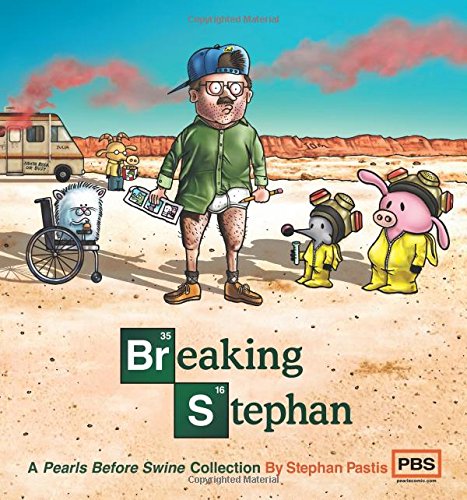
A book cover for Breaking Stephan: A Pearls Before Swine Collection; Stephan Pastis; Comics & Graphic Novels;